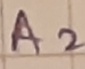
Text: A2